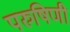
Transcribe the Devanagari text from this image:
परुषिणी